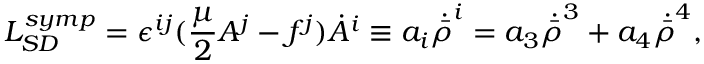
{ \cal L } _ { S D } ^ { s y m p } = \epsilon ^ { i j } ( { \frac { \mu } { 2 } } A ^ { j } - f ^ { j } ) \dot { A } ^ { i } \equiv a _ { i } \dot { \bar { \rho } } ^ { i } = a _ { 3 } \dot { \bar { \rho } } ^ { 3 } + a _ { 4 } \dot { \bar { \rho } } ^ { 4 } ,